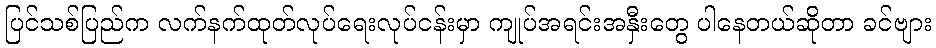
ပြင်သစ်ပြည်က လက်နက်ထုတ်လုပ်ရေးလုပ်ငန်းမှာ ကျုပ်အရင်းအနှီးတွေ ပါနေတယ်ဆိုတာ ခင်ဗျား